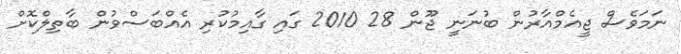
ނަމަވެސް ޖީއެމްއާރުން ބުނަނީ ޖޫން 28 2010 ގައި ގާއިމުކުރި އެއްބަސްވުން ބާތިލްކޮށް